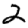
Digit: 2